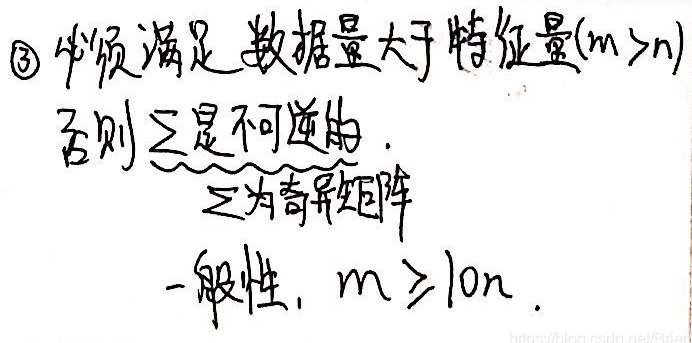
\textcircled{3} 必须满足数据量大于特征量($m > n$)
否则 $\sum$是不可逆的.
\widetilde{
$\sum$为奇异矩阵
}
一般性, $m \geq 10n$.